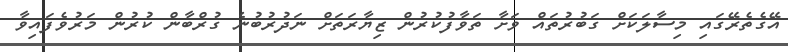
އޭގެތެރޭގައި މިސާލަކަށް ގަބުރުތައް ވަށާ ތަވާފުކުރުން ޒިޔާރަތަށް ނަދުރުބުނެ ގުރްބާން ކުރުން މަރުވެފައިވާ